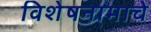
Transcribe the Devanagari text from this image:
विशेषनामाचे